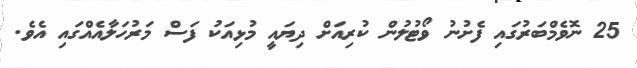
25 ނޮވެމްބަރުގައި ފެށުނު ވޯޓުލުން ކުރިއަށް ދިޔައީ މުޅިއަކު ފަސް މަރުހަލާއެއްގައި އެވެ.